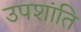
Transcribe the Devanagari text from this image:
उपशांति